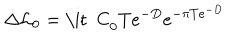
LaTeX: \Delta { \cal L } _ { 0 } = \mathrm { \it ~ C } _ { 0 } T e ^ { - D } e ^ { - \pi T e ^ { - D } }